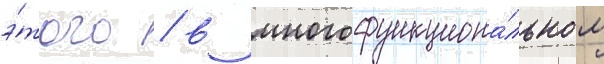
э́того / в многофункциона́льном